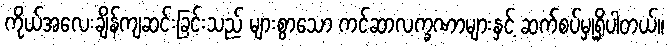
ကိုယ်အလေးချိန်ကျဆင်းခြင်းသည် များစွာသော ကင်ဆာလက္ခဏာများနှင့် ဆက်စပ်မှုရှိပါတယ်။